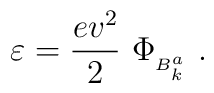
\varepsilon =\frac{ev^2}{2}\ \Phi_{{}_{B^a_k}}\ .